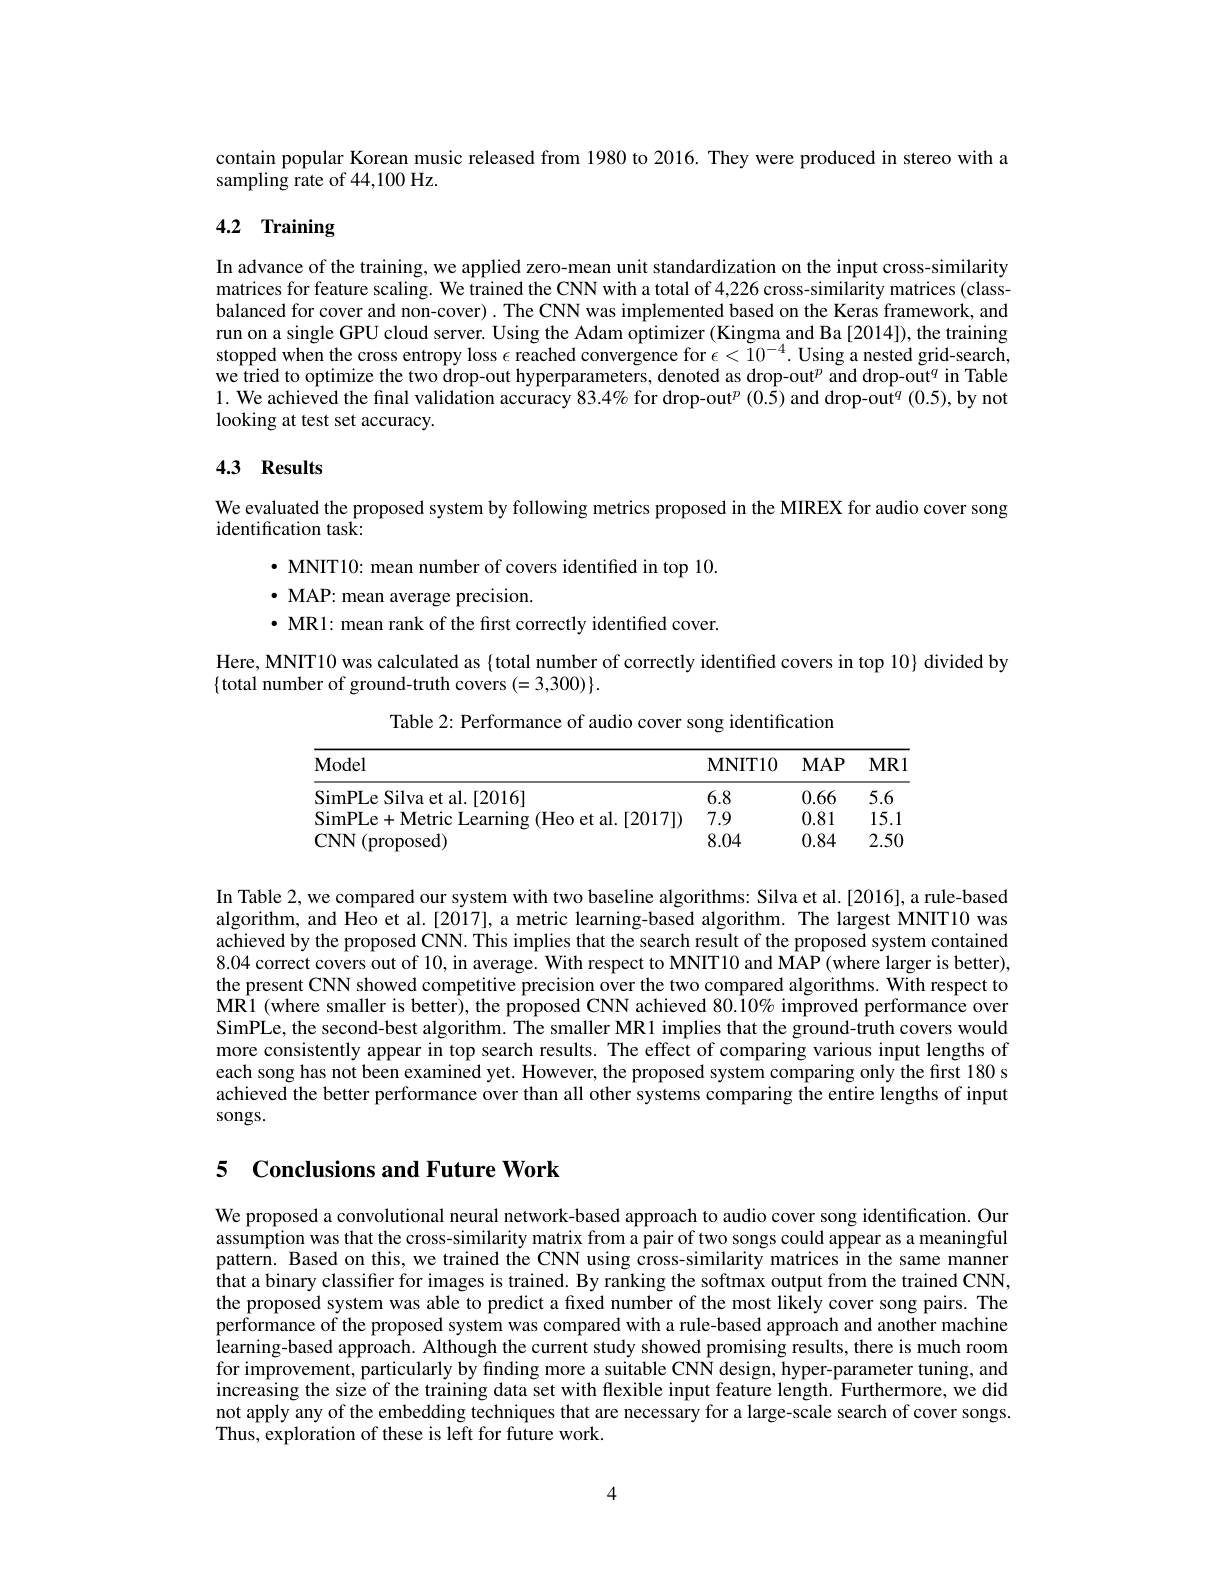
contain popular Korean music released from 1980 to 2016. They were produced in stereo with a
sampling rate of 44,100 Hz.

# 4.2 Training

In advance of the training, we applied zero-mean unit standardization on the input cross-similarity matrices for feature scaling. We trained the CNN with a total of 4,226 cross-similarity matrices (classbalanced for cover and non-cover) . The CNN was implemented based on the Keras framework, and run on a single GPU cloud server. Using the Adam optimizer (Kingma and Ba [2014]), the training stopped when the cross entropy loss $\epsilon$ reached convergence for $\epsilon<10^{-4}.$ Using a nested grid-search we tried to optimize the two drop-out hyperparameters, denoted as drop-out$^p$ and drop-out$^q$ in Table 1. We achieved the final validation accuracy $83.4\%$ for drop-out$^p$ (0.5) and drop-out$^q$ (0.5), by not looking at test set accuracy.

# 4.3 Results

We evaluated the proposed system by following metrics proposed in the MIREX for audio cover song
identification task:
$\cdot$ MNIT10: mean number of covers identified in top 10.
$\cdot$ MAP: mean average precision.
$\bullet$ MR1: mean rank of the first correctly identified cover.
Here, MNIT10 was calculated as {total number of correctly identified covers in top 10} divided by
$\{$total number of ground-truth covers $(=3,300)\}.$

Table 2: Performance of audio cover song identification
<table>
	<tbody>
		<tr>
			<th>Model</th>
			<th>$\mathbf{MNIT10}$</th>
			<th>$MAP$</th>
			<th>$MR1$</th>
		</tr>
		<tr>
			<td>SimPLe Silva et al.[2016]</td>
			<td>6.8</td>
			<td>0.66</td>
			<td>5.6</td>
		</tr>
		<tr>
			<td>ME al EMTA</td>
			<td>7.9</td>
			<td>0.81</td>
			<td>15.1</td>
		</tr>
		<tr>
			<td>$NN$ (nronosed)</td>
			<td>8.04</td>
			<td>0.84</td>
			<td>2.50</td>
		</tr>
	</tbody>
</table>

In Table 2, we compared our system with two baseline algorithms: Silva et al.[2016], a rule-based algorithm, and Heo et al.[2017], a metric learning-based algorithm. The largest MNIT10 was achieved by the proposed CNN. This implies that the search result of the proposed system contained 8.04 correct covers out of 10, in average. With respect to MNIT10 and MAP (where larger is better), the present CNN showed competitive precision over the two compared algorithms. With respect to MR1 (where smaller is better), the proposed CNN achieved $80.\bar{1}0\%$ improved performance over SimPLe, the second-best algorithm. The smaller MR1 implies that the ground-truth covers would more consistently appear in top search results. The effect of comparing various input lengths of each song has not been examined yet. However, the proposed system comparing only the first 180 s achieved the better performance over than all other systems comparing the entire lengths of input songs.

## 5 Conclusions and Future Work

We proposed a convolutional neural network-based approach to audio cover song identification. Our assumption was that the cross-similarity matrix from a pair of two songs could appear as a meaningful pattern. Based on this, we trained the CNN using cross-similarity matrices in the same manner that a binary classifier for images is trained. By ranking the softmax output from the trained CNN, the proposed system was able to predict a fixed number of the most likely cover song pairs. The performance of the proposed system was compared with a rule-based approach and another machine learning-based approach. Although the current study showed promising results, there is much room for improvement, particularly by finding more a suitable CNN design, hyper-parameter tuning, and increasing the size of the training data set with flexible input feature length. Furthermore, we did not apply any of the embedding techniques that are necessary for a large-scale search of cover songs. Thus, exploration of these is left for future work.

4